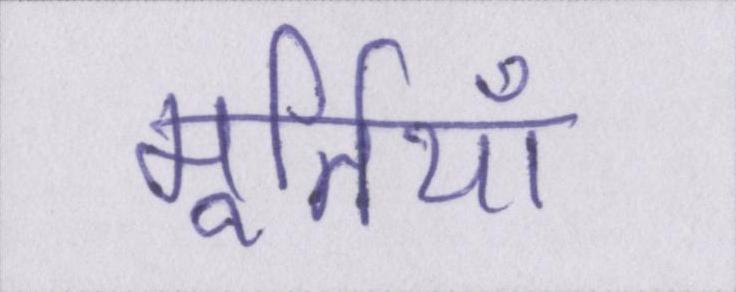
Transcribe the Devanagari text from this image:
मूर्तियाँ